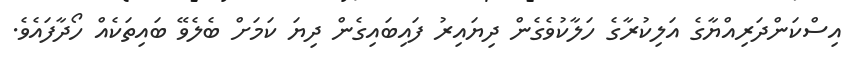
އިސްކަންދަރިއްޔާގެ އަލިކުރާގެ ހަލާކުވެގެން ދިޔައިރު ފައިބައިގެން ދިޔަ ކަމަށް ބެލެވޭ ބައިތަކެއް ހޯދާފައެވެ.